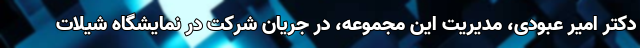
دکتر امیر عبودی، مدیریت این مجموعه، در جریان شرکت در نمایشگاه شیلات